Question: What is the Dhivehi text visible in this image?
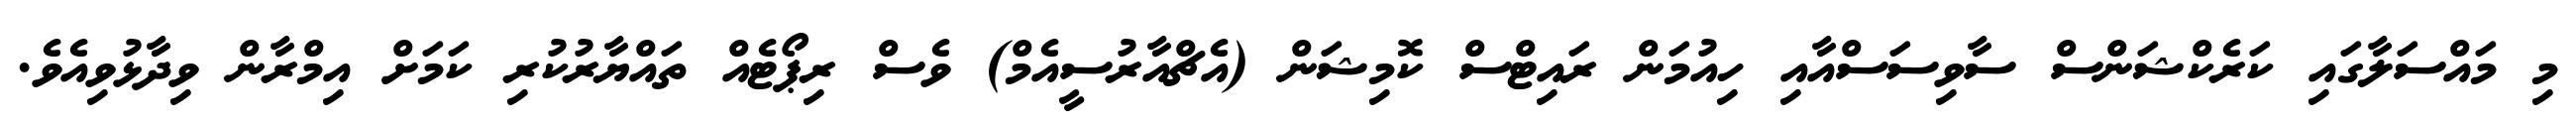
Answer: މި މައްސަލާގައި ކަރެކްޝަންސް ސާވިސަސްއާއި ހިއުމަން ރައިޓްސް ކޮމިޝަން (އެޗްއާރުސީއެމް) ވެސް ރިޕޯޓެއް ތައްޔާރުކުރި ކަމަށް އިމްރާން ވިދާޅުވިއެވެ.